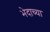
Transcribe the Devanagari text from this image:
भेदाच्या